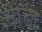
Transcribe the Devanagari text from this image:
चोंढा